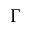
\Gamma